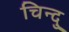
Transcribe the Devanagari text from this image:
चिन्दु